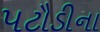
પટૌડીના